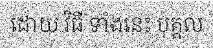
ដោយ វិធី ទាំងនេះ បុគ្គល